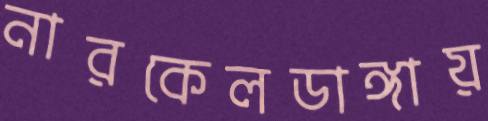
নারকেলডাঙ্গায়